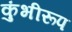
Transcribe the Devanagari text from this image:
कुंभीरूप